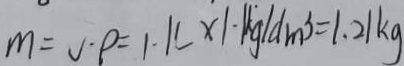
m = v \cdot p = 1 . 1 L \times 1 . 1 k g / d m ^ { 3 } = 1 . 2 1 k g